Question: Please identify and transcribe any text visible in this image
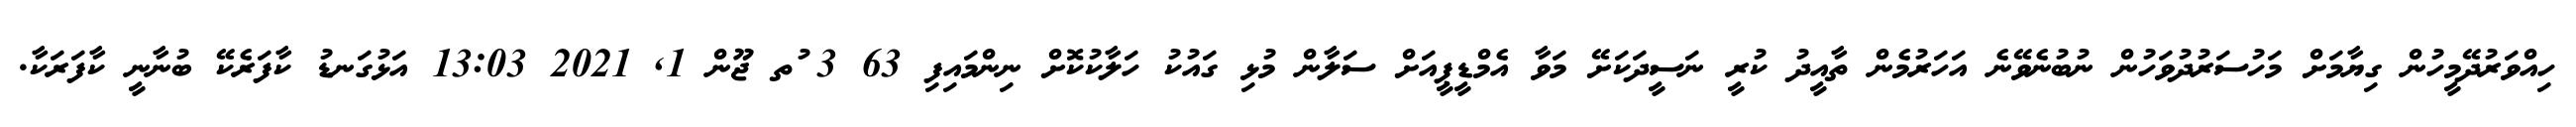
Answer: ހިއްވަރުދޭމީހުން ގިޔާމަށް މަހުސަރުދުވަހުން ނުބުނެވޭނެ އަހަރުމެން ތާއީދު ކުރީ ނަސީދަކަށޭ މަވާ އެމްޑީޕީއަށް ސަލާން މުޅި ގައުކު ހަލާކުކޮށް ނިންމައިފި 63 3 ުތ ޖޫން 1, 2021 13:03 އަޅުގަނޑު ކާފަރެކޭ ބުނާނީ ކާފަރަކާ.